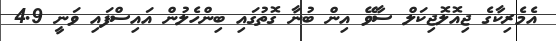
އެމެރިކާގެ ޖިއޮލޮޖިކަލް ސާވޭ އިން ބުނާ ގޮތުގައި ބިންހެލުން އައިސްފައި ވަނީ 4.9